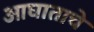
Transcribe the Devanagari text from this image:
आघाताचे